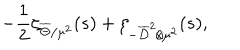
- { \frac { 1 } { 2 } } \zeta _ { \overline { { { \Theta } } } / \mu ^ { 2 } } ( s ) + \zeta _ { - \overline { { { D } } } ^ { 2 } / \mu ^ { 2 } } ( s ) ,